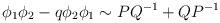
LaTeX: \begin{align*}\phi_1\phi_2- q\phi_2\phi_1 \sim PQ^{-1} + QP^{-1}\end{align*}